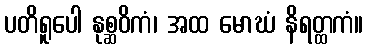
ပတိရူပေါ နုစ္ဆဝိကံ၊ အထ မောဃံ နိရတ္ထကံ။